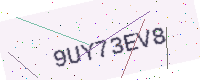
Text: 9UY73EV8